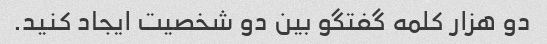
دو هزار کلمه گفتگو بین دو شخصیت ایجاد کنید.